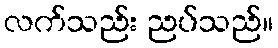
လက်သည်း ညပ်သည်။